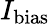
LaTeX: I_{\mathrm{bias}}